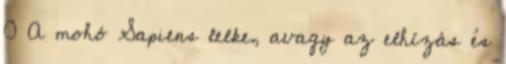
0 A mohó Sapiens lelke, avagy az elhízás és